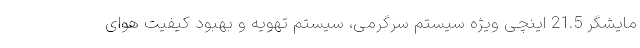
مایشگر 21.5 اینچی ویژه سیستم سرگرمی، سیستم تهویه و بهبود کیفیت هوای